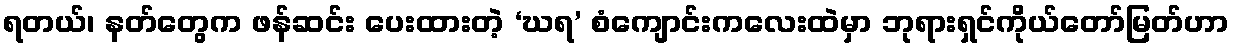
ရတယ်၊ နတ်တွေက ဖန်ဆင်း ပေးထားတဲ့ ‘ဃရ’ စံကျောင်းကလေးထဲမှာ ဘုရားရှင်ကိုယ်တော်မြတ်ဟာ